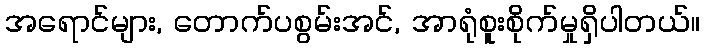
အရောင်များ, တောက်ပစွမ်းအင်, အာရုံစူးစိုက်မှုရှိပါတယ်။